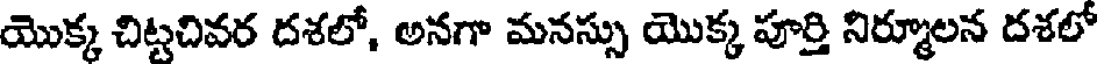
యొక్క చిట్టచివర దశలో, అనగా మనస్సు యొక్క పూర్తి నిర్మూలన దశలో